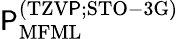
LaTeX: \mathsf{P}_{\mathrm{{MFML}}}^{\mathrm{{(TZV\mathsf{P};STO-3G)}}}